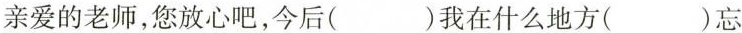
亲爱的老师，您放心吧，今后( )我在什么地方( )忘